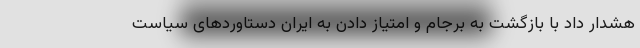
هشدار داد با بازگشت به برجام و امتیاز دادن به ایران دستاوردهای سیاست